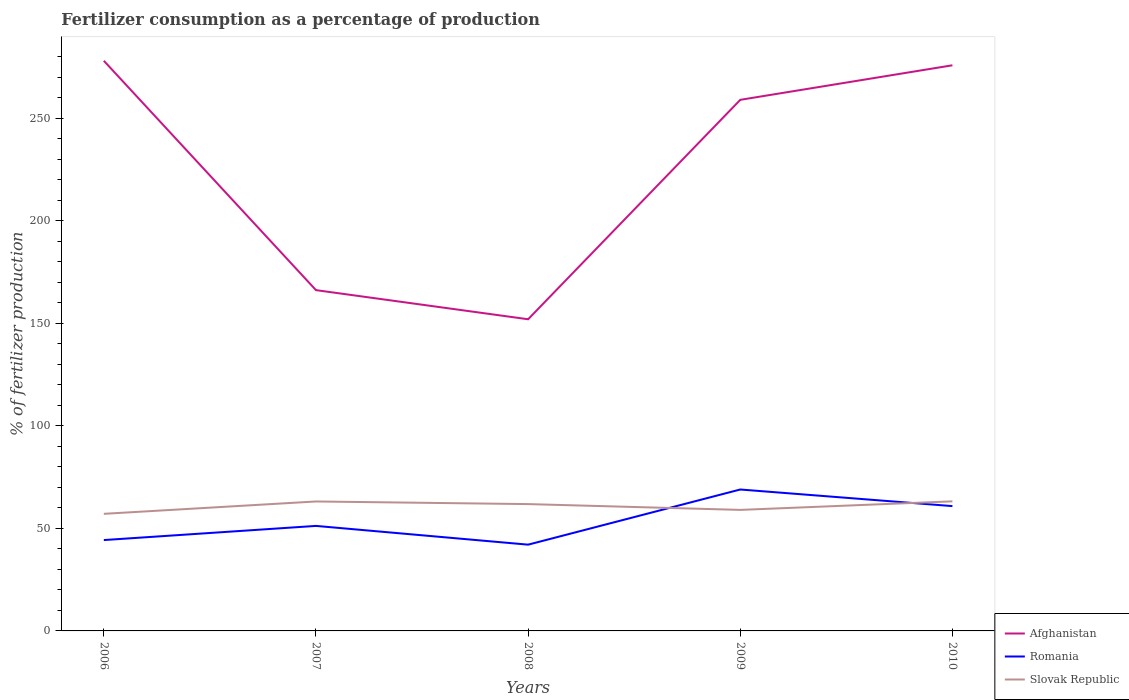
| Years | Afghanistan | Romania | Slovak Republic |
 | --- | --- | --- | --- |
 | 2006 | 278 | 44.3 | 57.1 |
 | 2007 | 166 | 51.2 | 63.1 |
 | 2008 | 152 | 42.1 | 61.8 |
 | 2009 | 259 | 69 | 59 |
 | 2010 | 276 | 60.9 | 63.2 |